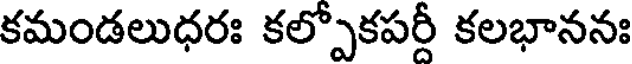
కమండలుధరః కల్పోకపరీ కలభాననః